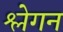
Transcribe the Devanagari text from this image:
श्लेगन